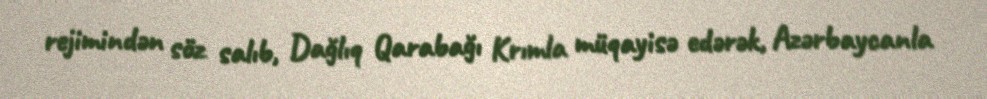
rejimindən söz salıb, Dağlıq Qarabağı Krımla müqayisə edərək, Azərbaycanla